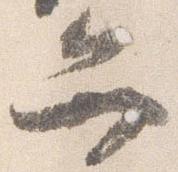
弁